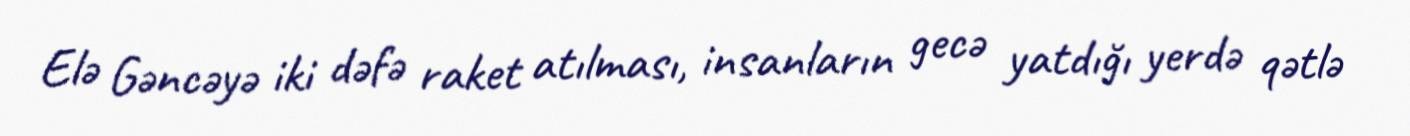
Elə Gəncəyə iki dəfə raket atılması, insanların gecə yatdığı yerdə qətlə